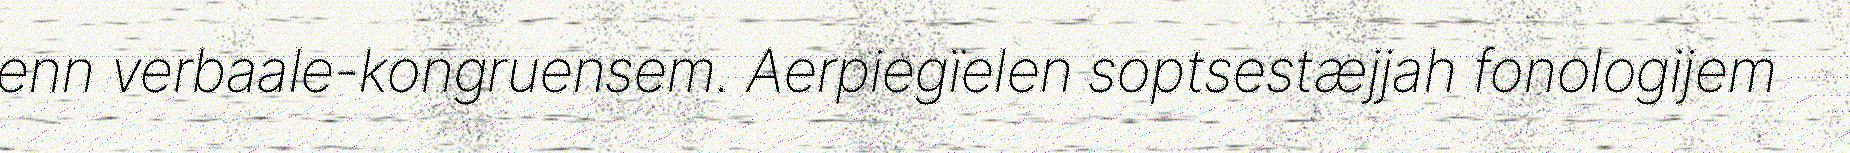
enn verbaale-kongruensem. Aerpiegïelen soptsestæjjah fonologijem